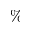
\%